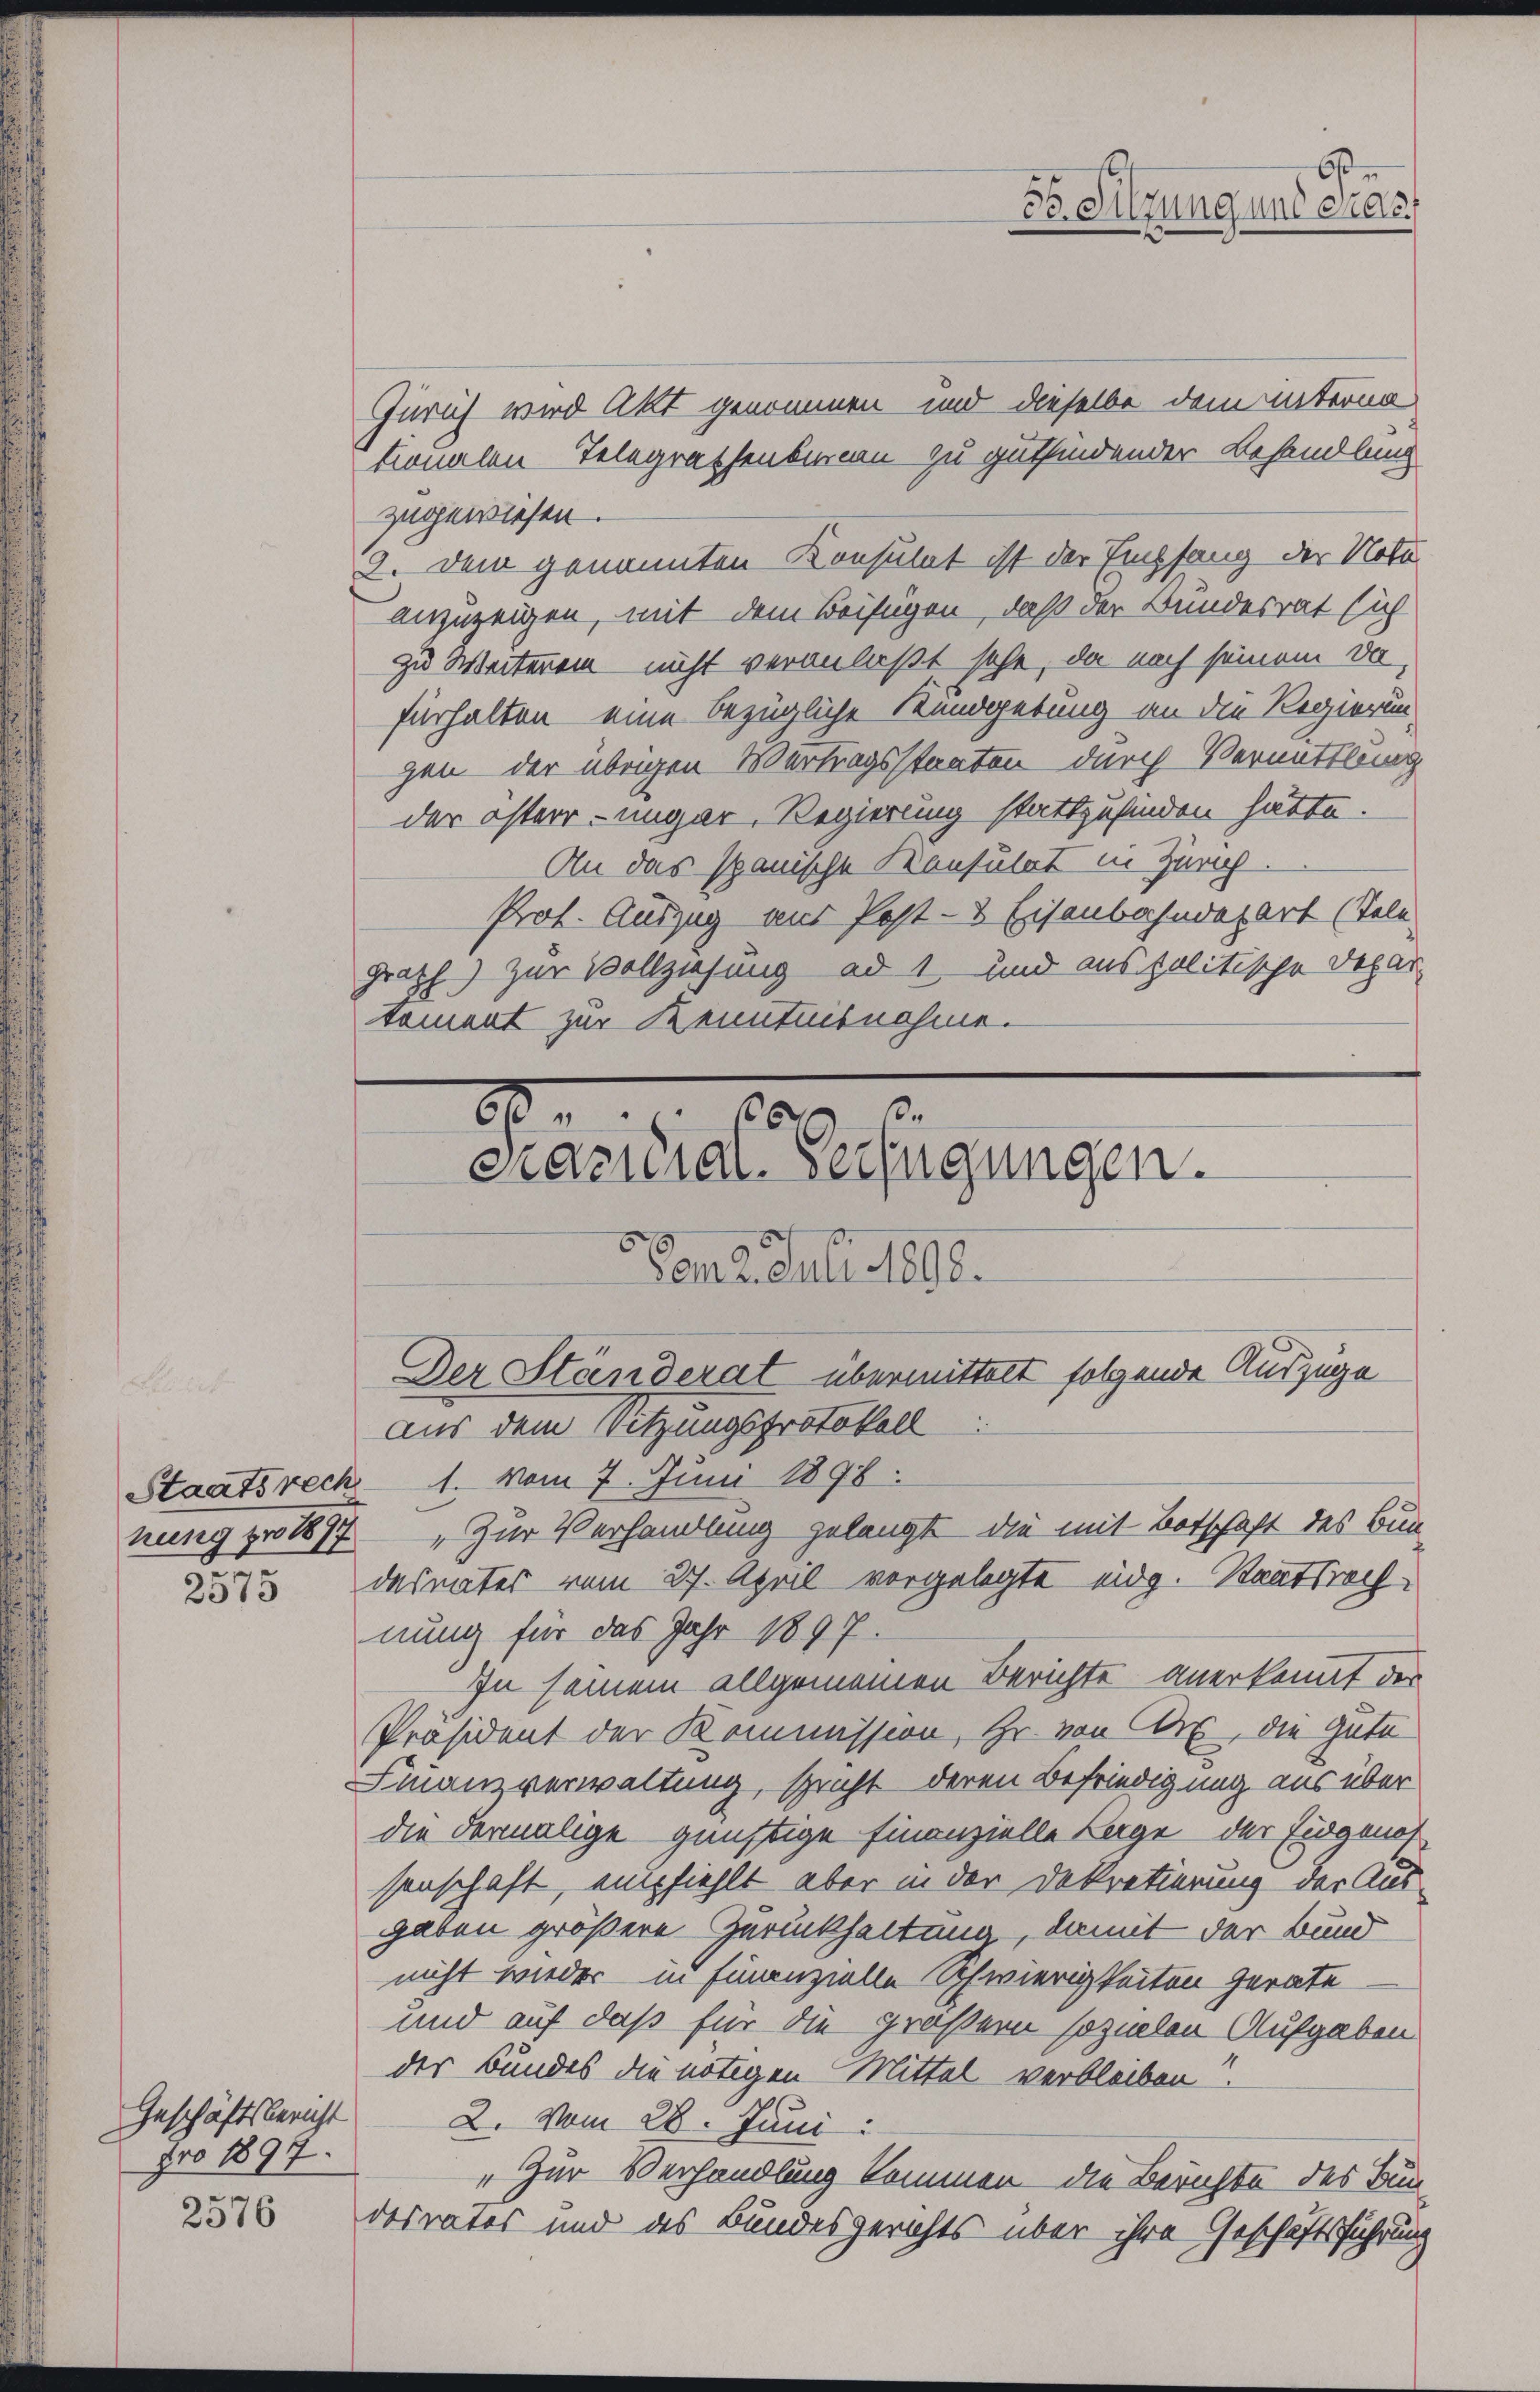
nung zu 1817

2576

Gürich wird Akt genommen und dieselbe dem unterna
tionalen Telegrathenbureau zu gutfindender Behandlung
zugewiesen.
2. Dem genannten Konsulat ist der Empfang der Nota
anzuzeigen, mit dem Beifügen, daß der Bundesrat sich
zu Weiterein nicht veranlaßt sehe, da noch seinem Da
fürhalten eine bezügliche Kundgebung an die Regierun-
gen der übrigen Vertragsstaaten durch Vermittlung
der österr. ungar. Regierung stattzufinden hätte.
An das spanische Konsulat in Zürich
Prof. Auszug aus Post- & Eisenbahndepart (Tele
grath) zur Vollziehung ad 1 und aus politische Depar
tement zur Kenntnisnahme.

Geschäftsbericht
pro 1897.

An
H.
Prazuial-Verfügungen.
Vom 2. Juli 1892.
Der Ständerat übermittelt folgende Auszüge
aus dem Sitzungsprotokoll

Staatsrech 1. vom 7. Juni 1898.
„Zur Verhandlung gelangt die mit Botschaft des Bun-
513 das mater vom 27. April vorgelegte eidg. Staatsrechnung für das Jahr 1897.
In seinem allgemeinen Berichte anerkannt der
Präsident der Kommission, Hr. von Obr, die Gute
Finanzverwaltung, spricht deren Befriedigung aus über
die dermalige günstige Finanzielle Lage der Eidgenot
senschaft, empfiehlt aber in der Dekretierung der Aus-
gaben größere Zurückhaltung, damit der Bund
nicht wieder in Finanzielle Schwierigkeiten gerate
und auf daß für die größern sozialen Aufgaben
der Bundes die nötigen Mittel verbleiben?
2. Vom 28. Juni:
„Zur Verhandlung kommen die Berichte des Bun-
desrates und des Bundesgerichts über ihre Geschäftsführung

6sten
Fo. Sitzung und Gras